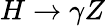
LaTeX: H\rightarrow\gamma Z